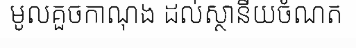
មូលគួចកាណុង ដល់ស្ថានីយចំណត